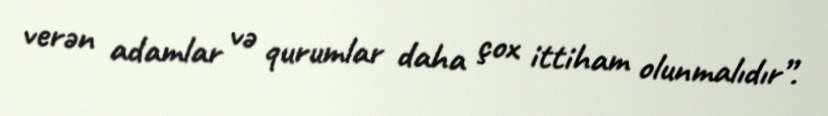
verən adamlar və qurumlar daha çox ittiham olunmalıdır”.